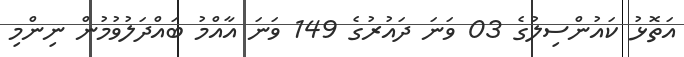
އަތޮޅު ކައުންސިލުގެ 03 ވަނަ ދައުރުގެ 149 ވަނަ އާއްމު ބައްދަލުވުމުން ނިންމި